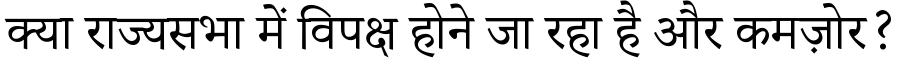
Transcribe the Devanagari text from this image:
क्या राज्यसभा में विपक्ष होने जा रहा है और कमज़ोर?